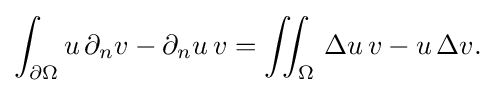
\displaystyle {\int _{\partial \Omega }u\,\partial _{n}v-\partial _{n}u\,v=\iint _{\Omega }\,\Delta u\,v-u\,\Delta v.}